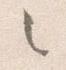
之